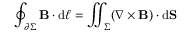
\oint _ { \partial \Sigma } \mathbf { B } \cdot \mathrm { d } { \boldsymbol { \ell } } = \iint _ { \Sigma } ( \nabla \times \mathbf { B } ) \cdot \mathrm { d } \mathbf { S }